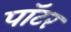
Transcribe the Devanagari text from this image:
पाॅटर